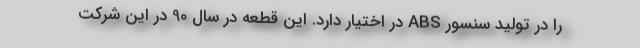
را در تولید سنسور ABS در اختیار دارد. این قطعه در سال 90 در این شرکت